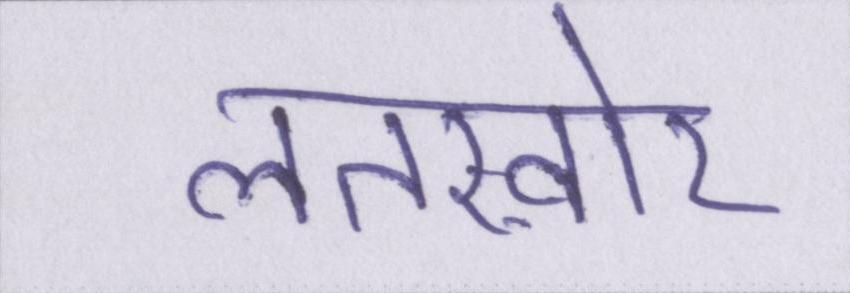
लतख़ोर